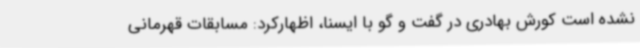
نشده است کورش بهادری در گفت و گو با ایسنا، اظهارکرد: مسابقات قهرمانی